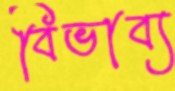
বিভাব্য